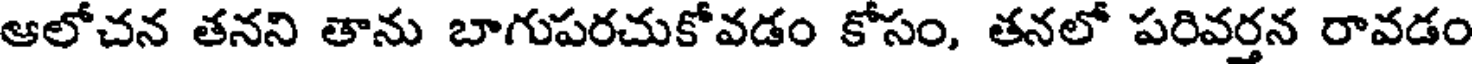
ఆలోచన తనని తాను బాగుపరచుకోవడం కోసం, తనలో పరివర్తన రావడం